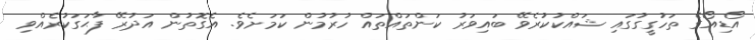
އޯޑިއޯގެ ތަހުގީގުގައި ޝައްކުކުރެވޭ ބައިވަރު ކަންތައްތައް ހުރުމުން ކަމަށެވެ. އެގޮތުން އަދުރޭ ފާޙަގަކުރެއްވި